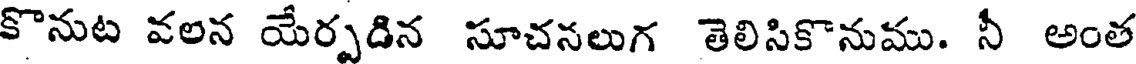
కొనుట వలన యేర్పడిన సూచనలుగ తెలిసికొనుము. నీ అంత